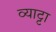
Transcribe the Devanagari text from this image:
व्याट्टा